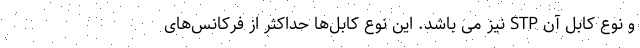
و نوع کابل آن STP نیز می باشد. این نوع کابل‌ها حداکثر از فرکانس‌های